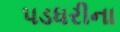
પડધરીના